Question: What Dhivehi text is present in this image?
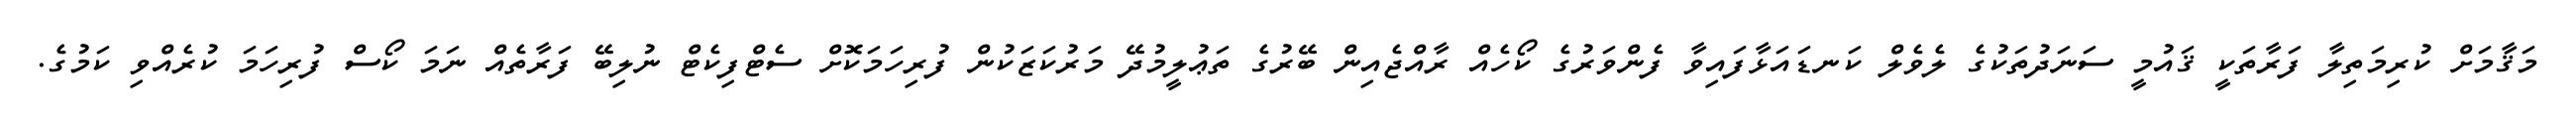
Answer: މަޤާމަށް ކުރިމަތިލާ ފަރާތަކީ ޤައުމީ ސަނަދުތަކުގެ ލެވެލް ކަނޑައަޅާފައިވާ ފެންވަރުގެ ކޯހެއް ރާއްޖެއިން ބޭރުގެ ތަޢުލީމުދޭ މަރުކަޒަކުން ފުރިހަމަކޮށް ސެޓްފިކެޓް ނުލިބޭ ފަރާތެއް ނަމަ ކޯސް ފުރިހަމަ ކުރެއްވި ކަމުގެ.